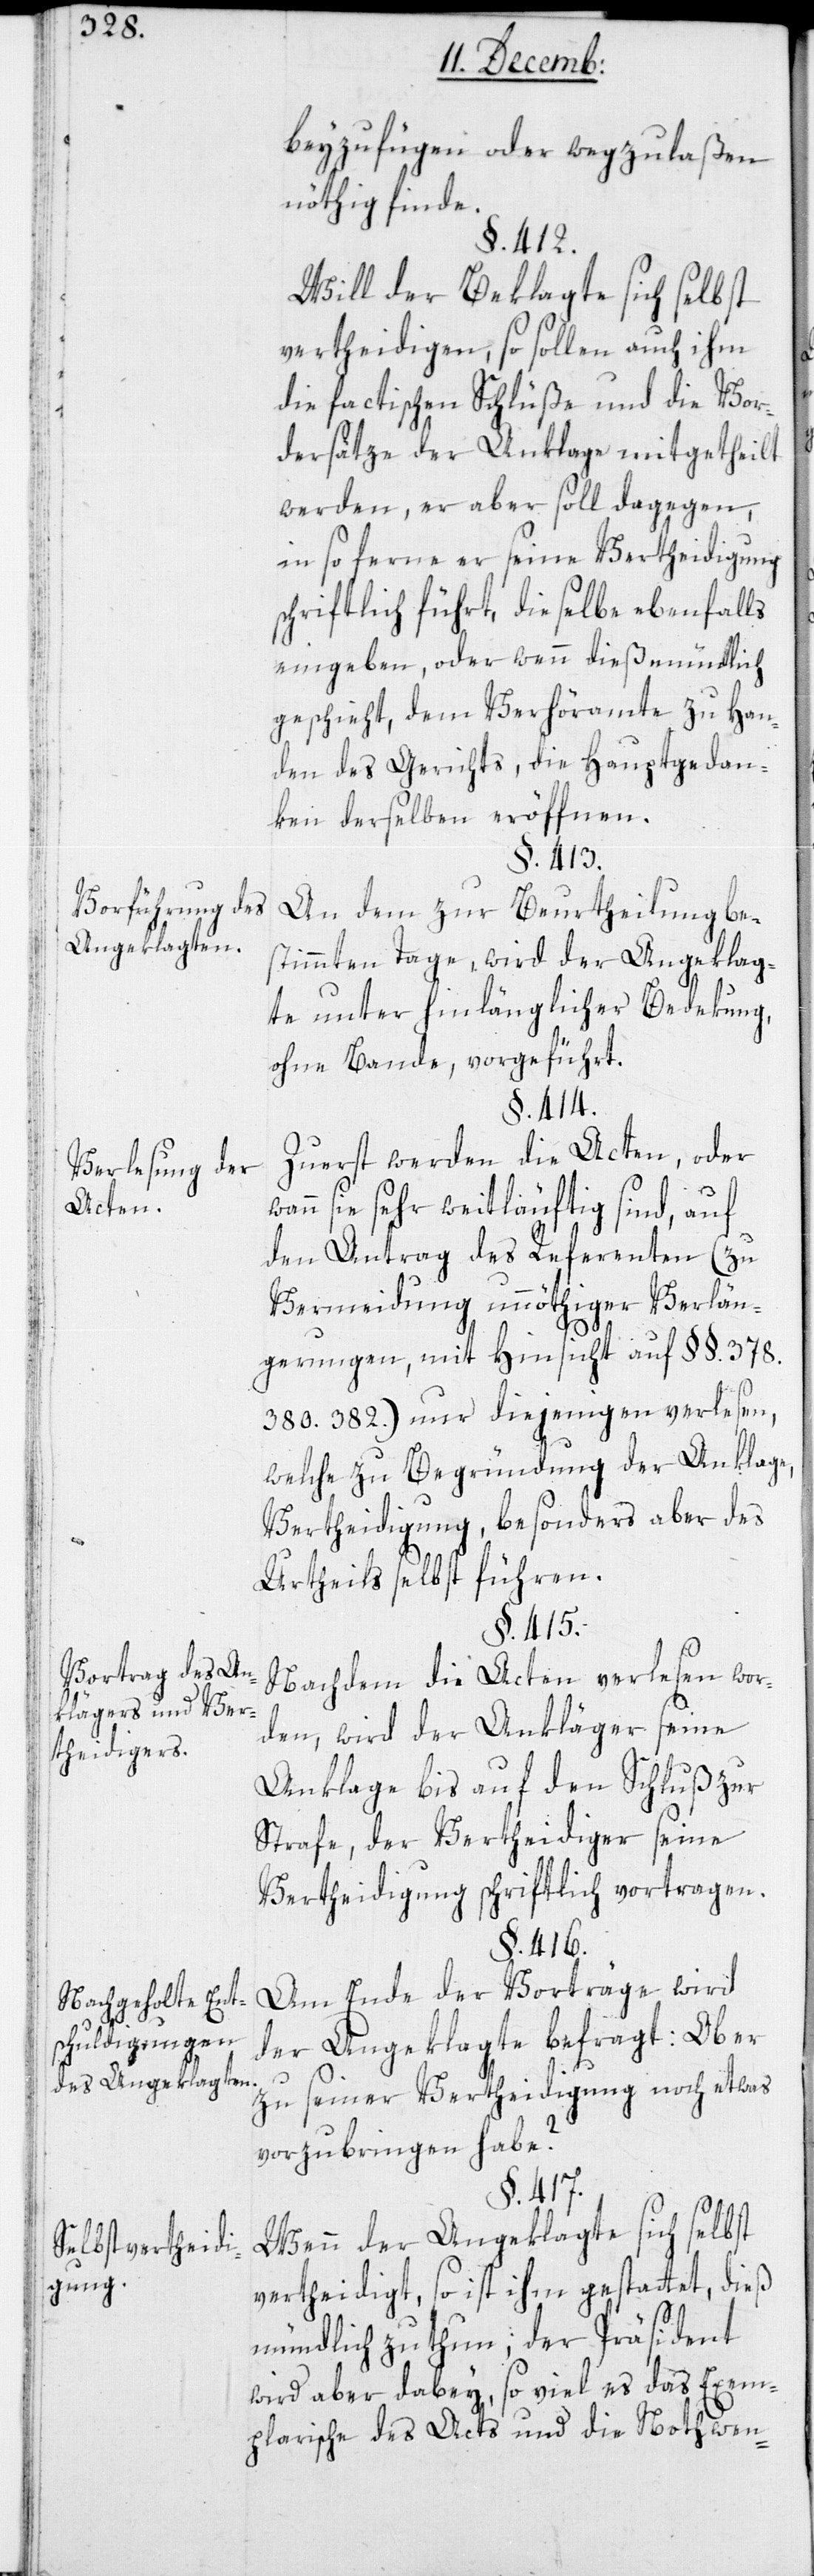
beyzufügen oder wegzulaßen
nöthig finde.
§. 412.
Will der Beklagte sich selbst
vertheidigen, so sollen auch ihm
die factischen Schlüße und die Vor¬
dersätze der Anklage mitgetheilt
werden, er aber soll dagegen,
in so ferne er seine Vertheidigung
schriftlich führt, dieselbe ebenfalls
eingeben, oder wenn dieß mündlich
geschieht, dem Verhöramte zu Han¬
den des Gerichts die Hauptgedan¬
ken derselben eröffnen.
§. 413.
Vorführung des
An dem zur Beurtheilung be¬
Angeklagten.
stimmten Tage, wird der Angeklag¬
te unter hinlänglicher Bedekung,
ohne Bande, vorgeführt.
§. 414.
Zuerst werden die Acten, oder
Verlesung der
Acten.
sie sehr weitläufig sind, auf
den Antrag des Referenten (zu
Vermeidung unnöthiger Verlän¬
gerungen, mit Hinsicht auf § §. 378.
380. 382.) nur diejenigen verlesen,
welche zu Begründung der Anklage,
Vertheidigung, besonders aber des
Urtheils selbst führen.
§. 415.
Vortrag des An¬
Nachdem die Acten verlesen wor¬
klägers und Ver¬
den, wird der Ankläger seine
theidigers.
Anklage bis auf den Schluß zur
Strafe, der Vertheidiger seine
Verteidigung schriftlich vortragen.
§. 416.
Am Ende der Vorträge wird
Nachgeholte Ent¬
schuldigungen
der Angeklagte befragt: Ob er
des Angeklagten.
zu seiner Vertheidigung noch etwas
vorzubringen habe?
§. 417.
Wenn der Angeklagte sich selbst
Selbstvertheid¬
igung.
vertheidigt, so ist ihm gestattet, dieß
mündlich zu thun; der Präsident
wird aber dabey, so viel es das Exem¬
plarische des Acts und die Notwen-